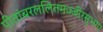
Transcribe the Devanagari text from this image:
पीतांबरललितमज्जीरसुभगा